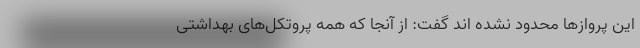
این پرواز‌ها محدود نشده اند گفت: از آنجا که همه پروتکل‌های بهداشتی